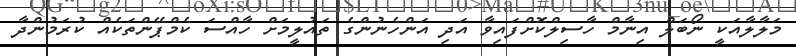
މަލާލާއަކީ ނޯބަލް އިނާމް ހާސިލްކޮށްފައިވާ އަދި އަންހެނުންގެ ތައުލީމަށް ހާއްސަ ކެމްޕޭންތަކެއް ކުރަމުންދާ